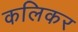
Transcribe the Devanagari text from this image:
कलिकर